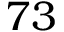
7 3